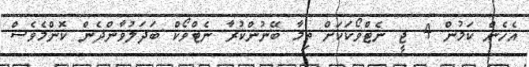
އެހެން ކަމުން 4 ޖީ ނެޓްވޯކަކަށް ތިމާ ބޭނުންކުރާ ނެޓްވޯކް ބަދަލުވާންދެން ކޮންމެވެސް